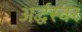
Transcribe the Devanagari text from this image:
अर्द्धस्वर